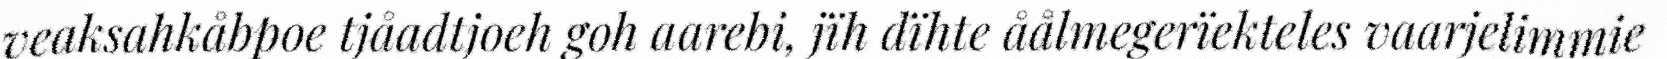
veaksahkåbpoe tjåadtjoeh goh aarebi, jïh dïhte åålmegerïekteles vaarjelimmie